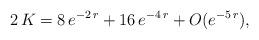
LaTeX: \begin{align*}2 \, K = 8 \, e^{- 2 \, r} + 16 \, e^{- 4 \, r} + O (e^{- 5 \, r}), \end{align*}